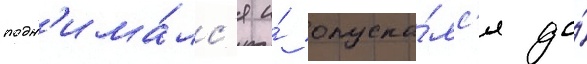
подн'има́лс'я и́ опуска́лс'я до́